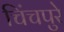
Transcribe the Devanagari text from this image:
चिंचपुरे